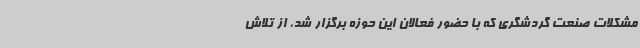
مشکلات صنعت گردشگری که با حضور فعالان این حوزه برگزار شد، از تلاش